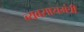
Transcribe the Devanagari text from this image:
व्यवसायमंत्री